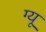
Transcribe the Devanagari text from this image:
ग्यू